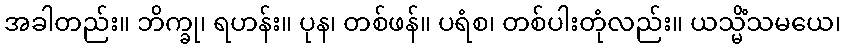
အခါတည်း။ ဘိက္ခု၊ ရဟန်း။ ပုန၊ တစ်ဖန်။ ပရံစ၊ တစ်ပါးတုံလည်း။ ယသ္မိံသမယေ၊